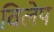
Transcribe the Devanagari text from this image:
विलेप